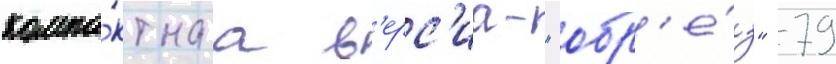
компа́ктнаа в'ерс'иа- "обр'е́з" 79